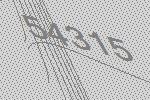
54315